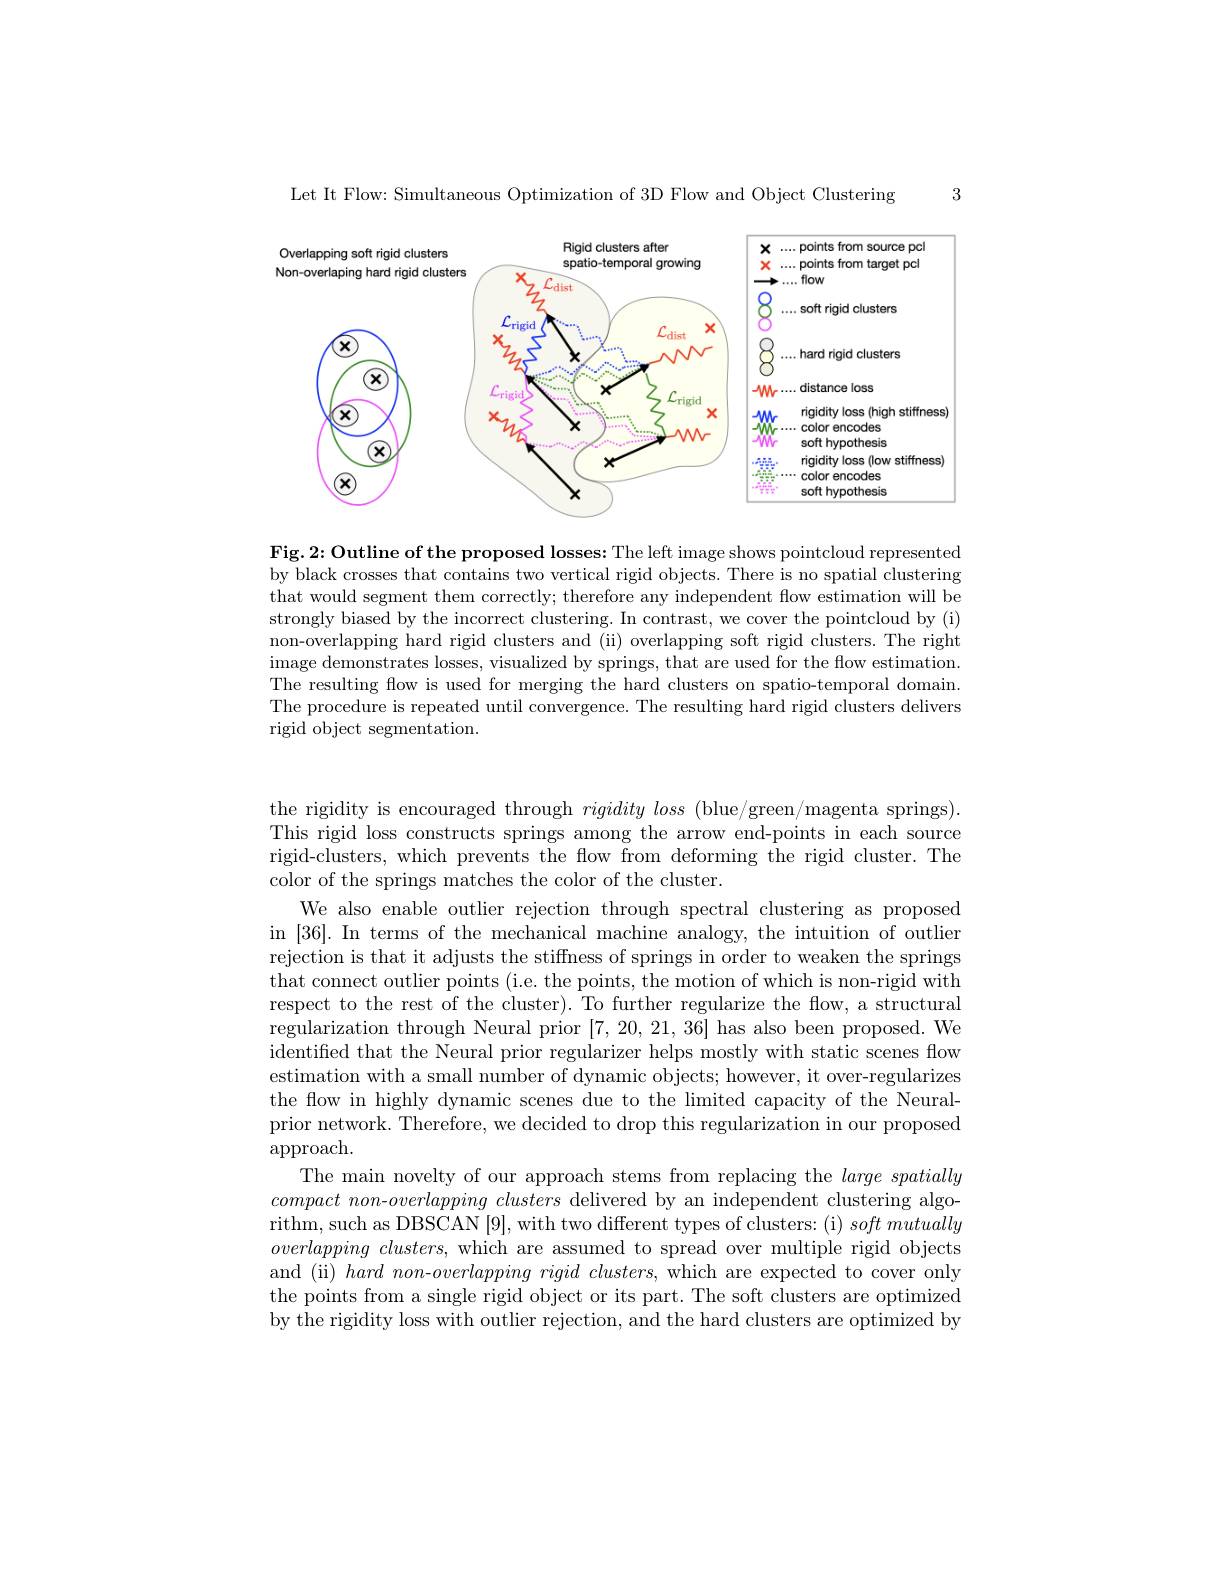
3

Let It Flow: Simultaneous Optimization of 3D Flow and Object Clustering

<FigureHere>

Fig.2: Outline of the proposed losses: The left image shows pointcloud represented by black crosses that contains two vertical rigid objects. There is no spatial clustering that would segment them correctly; therefore any independent flow estimation will be strongly biased by the incorrect clustering. In contrast, we cover the pointcloud by (i) non-overlapping hard rigid clusters and (ii) overlapping soft rigid clusters. The right image demonstrates losses, visualized by springs, that are used for the flow estimation. The resulting flow is used for merging the hard clusters on spatio-temporal domain. The procedure is repeated until convergence. The resulting hard rigid clusters delivers rigid object segmentation.

the rigidity is encouraged through $rigidity\textit{loss ( blue/ green/ magenta springs) }.$ This rigid loss constructs springs among the arrow end-points in each source rigid-clusters, which prevents the flow from deforming the rigid cluster. The color of the springs matches the color of the cluster.
We also enable outlier rejection through spectral clustering as proposed in [36]. In terms of the mechanical machine analogy, the intuition of outlier rejection is that it adjusts the stiffness of springs in order to weaken the springs that connect outlier points (i.e. the points, the motion of which is non-rigid with respect to the rest of the cluster). To further regularize the flow, a structural regularization through Neural prior [7,20,21,36] has also been proposed. We identified that the Neural prior regularizer helps mostly with static scenes flow estimation with a small number of dynamic objects; however, it over-regularizes the flow in highly dynamic scenes due to the limited capacity of the Neuralprior network. Therefore, we decided to drop this regularization in our proposed $\operatorname{approach}.$
The main novelty of our approach stems from replacing the $large\textit{spatially}$ $compact~non-overlapping~clusters~$delivered by an independent clustering algorithm, such as DBSCAN [9], with two different types of clusters: (i) $soft\textit{mutually}$ overlapping clusters, which are assumed to spread over multiple rigid objects and (ii) hard non-$overlapping\textit{ rigid clusters, which are expected to cover only}$ the points from a single rigid object or its part. The soft clusters are optimized by the rigidity loss with outlier rejection, and the hard clusters are optimized by